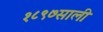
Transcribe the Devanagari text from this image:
१८९७साली